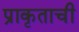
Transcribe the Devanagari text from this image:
प्राकृताची